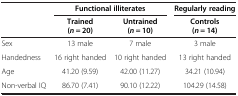
|  | <COLSPAN=2> Functional illiterates | Regularly reading |
 |  | Trained (n = 20) | Untrained (n = 10) | Controls (n = 14) |
 | --- | --- | --- | --- |
 | Sex | 13 male | 7 male | 3 male |
 | Handedness | 16 right handed | 10 right handed | 13 right handed |
 | Age | 41.20 (9.59) | 42.00 (11.27) | 34.21 (10.94) |
 | Non-verbal IQ | 86.70 (7.41) | 90.10 (12.22) | 104.29 (14.58) |